Source: Handwritten
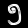
Digit: ၅ (5)